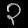
Digit: ၃